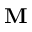
\mathbf { M }